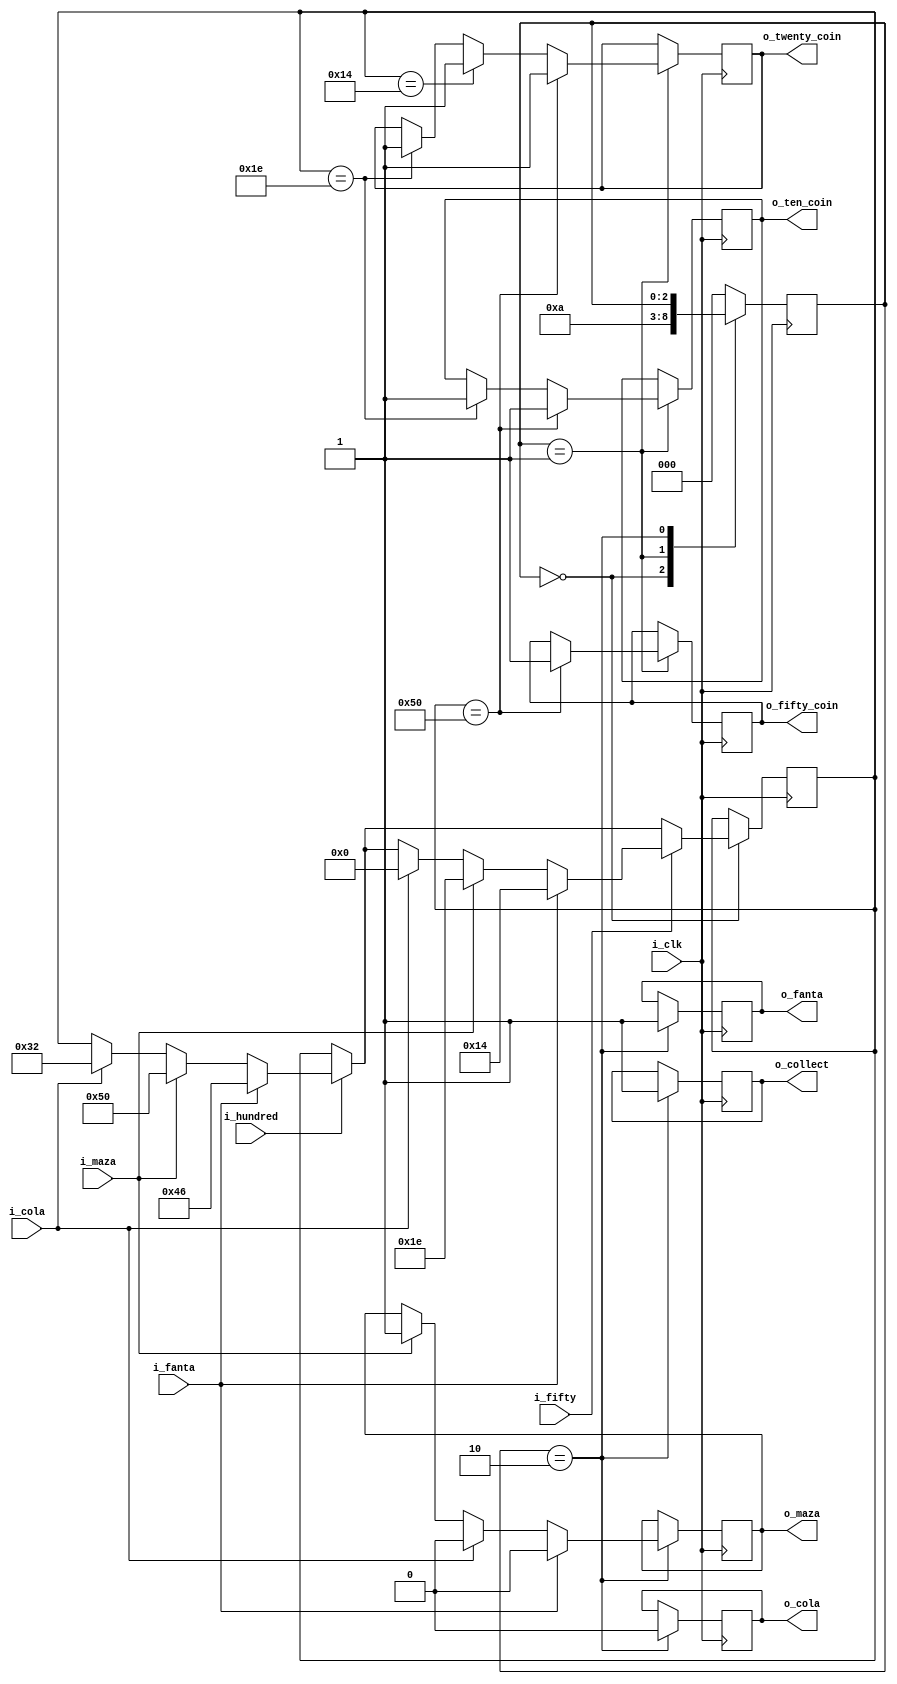
`timescale 1ns / 1ps
//////////////////////////////////////////////////////////////////////////////////
// Company: 
// Engineer: 
// 
// Design Name: 
// Module Name:    vanding_machine 
// Project Name: 
// Target Devices: 
// Tool versions: 
// Description: 
//
// Dependencies: 
//
// Revision: 
// Revision 0.01 - File Created
// Additional Comments: 
//
//////////////////////////////////////////////////////////////////////////////////
module vending_machine(
	
	input  	i_fifty,
	input	   	i_hundred , 	
	input    	i_clk,
	
	input  	i_maza,
	input  	i_fanta ,
	input  	i_cola,

	output reg	o_collect  ,
	output reg 	o_twenty_coin,
	output reg 	o_fifty_coin,
	output reg	o_ten_coin,
	
	output reg	o_maza ,// 20
	output reg	o_fanta , // 30
	output reg	o_cola //  50
	
	
    );
	 
	 reg [7:0] o_r_coin ;
	 reg [2:0]  next_state = 0;
	 
	 parameter HUNDRED = 100;
	 parameter FIFTY = 50;
	 parameter COLA = 50;
	 parameter FANTA = 30;
	 parameter MAZA =20;
	 parameter  INIT_STATE = 0;
	 parameter 	R_COIN_STATE = 1;
	 parameter  OUT_COIN_STATE = 2 ;
	
	
	


always @( posedge i_clk )
	begin
		case ( next_state )
		INIT_STATE : 
			begin 
				if (i_hundred )
					begin
						if ( i_cola )
						begin
							o_r_coin = HUNDRED - COLA;
							
						end
						if ( i_maza )
						begin
							o_r_coin = HUNDRED - MAZA ;
							
						end
						if ( i_fanta )
						begin
							o_r_coin = HUNDRED - FANTA ;
							
						end
					end // end i_hundred = 1
				if (i_fifty)
					begin
						if ( i_cola )
						begin
							o_r_coin = FIFTY - COLA;
							
						end
						if ( i_maza )
						begin
							o_r_coin = FIFTY - MAZA ;
							
						end
						if ( i_fanta )
						begin
							o_r_coin = FIFTY - FANTA ;
							
						end

					end // i_fifty = 1 
					next_state <= R_COIN_STATE ;
				end // init_State 
				
				
				
			R_COIN_STATE :
				begin
					if ( o_r_coin == 30)
					begin 
						o_ten_coin = 1;
						o_twenty_coin  = 1;
					end 
					
					if( o_r_coin == 20)
					begin
						o_twenty_coin =1 ;
					end 
					
					if (o_r_coin == 80)
					begin 
						o_ten_coin = 1;
						o_twenty_coin  = 1;		
						o_fifty_coin = 1;
					end 
					
					next_state  <= OUT_COIN_STATE ;
					
				end// r_coin state
				
				
				
				
			
				OUT_COIN_STATE : begin 
				
				
					if ( i_maza == 1 )
						o_maza <= 1;
						o_cola <= 0;
						o_fanta <= 0 ;
						o_collect = 1;
						
						
						
					if ( i_cola == 1 )
						o_maza <= 0;
						o_cola <= 1;
						o_fanta <= 0 ;
						o_collect = 1;
						
						
						
					if (i_fanta == 1)
						o_maza <= 0;
						o_cola <= 0;
						o_fanta <= 1 ;
						o_collect = 1;
						
						
				end
				default:
				begin
					next_state <= INIT_STATE;
				end 
		endcase 	
end 		

 

endmodule